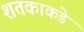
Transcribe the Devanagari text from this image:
शतकाकडे